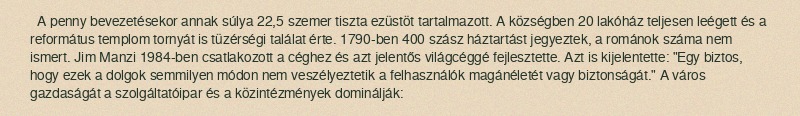
A penny bevezetésekor annak súlya 22,5 szemer tiszta ezüstöt tartalmazott. A községben 20 lakóház teljesen leégett és a református templom tornyát is tüzérségi találat érte. 1790-ben 400 szász háztartást jegyeztek, a románok száma nem ismert. Jim Manzi 1984-ben csatlakozott a céghez és azt jelentős világcéggé fejlesztette. Azt is kijelentette: "Egy biztos, hogy ezek a dolgok semmilyen módon nem veszélyeztetik a felhasználók magánéletét vagy biztonságát." A város gazdaságát a szolgáltatóipar és a közintézmények dominálják: